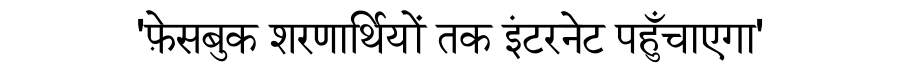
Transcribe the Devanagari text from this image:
'फ़ेसबुक शरणार्थियों तक इंटरनेट पहुँचाएगा'